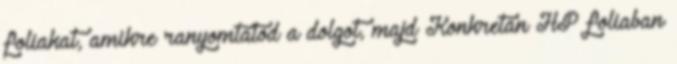
foliakat, amikre ranyomtatod a dolgot, majd Konkretan HP foliaban